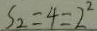
S _ { 2 } = 4 = 2 ^ { 2 }